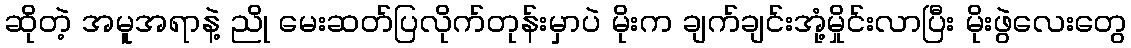
ဆိုတဲ့ အမူအရာနဲ့ ညို မေးဆတ်ပြလိုက်တုန်းမှာပဲ မိုးက ချက်ချင်းအုံ့မှိုင်းလာပြီး မိုးဖွဲလေးတွေ